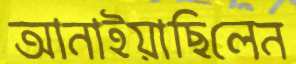
আনাইয়াছিলেন